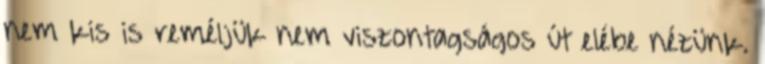
nem kis is reméljük nem viszontagságos út elébe nézünk.